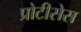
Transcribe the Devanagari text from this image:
प्रोटीसेस